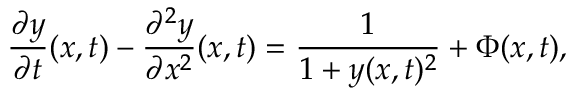
\frac { \partial y } { \partial t } ( x , t ) - \frac { \partial ^ { 2 } y } { \partial x ^ { 2 } } ( x , t ) = \frac { 1 } { 1 + y ( x , t ) ^ { 2 } } + \Phi ( x , t ) ,